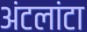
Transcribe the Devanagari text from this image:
अंटलांटा